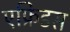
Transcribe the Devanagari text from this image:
एफ्रिडस